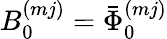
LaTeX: B_{0}^{(mj)}=\bar{\Phi}_{0}^{(mj)}